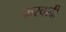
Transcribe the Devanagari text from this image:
करवादी